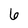
Character: 6